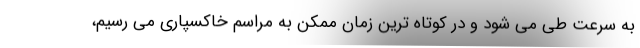
به سرعت طی می شود و در کوتاه ترین زمان ممکن به مراسم خاکسپاری می رسیم،